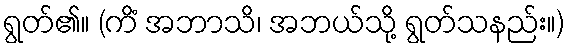
ရွတ်၏။ (ကိံ အဘာသိ၊ အဘယ်သို့ ရွတ်သနည်း။)